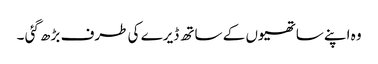
وہ اپنے ساتھیوں کے ساتھ ڈیرے کی طرف بڑھ گئی ۔